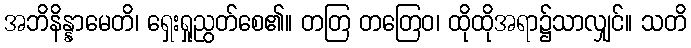
အဘိနိန္နာမေတိ၊ ရှေးရှုညွတ်စေ၏။ တတြ တတြေဝ၊ ထိုထိုအရာ၌သာလျှင်။ သတိ